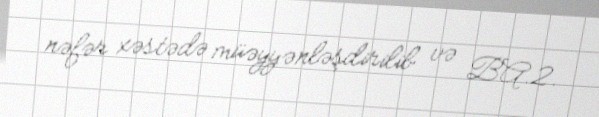
nəfər xəstədə müəyyənləşdirilib və BA.2.